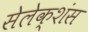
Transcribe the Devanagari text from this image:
सेलेक्शंस